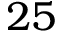
2 5